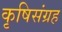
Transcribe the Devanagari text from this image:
कृषिसंग्रह